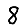
Digit: 8